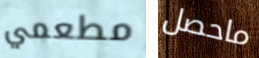
مطعمي ماحصل